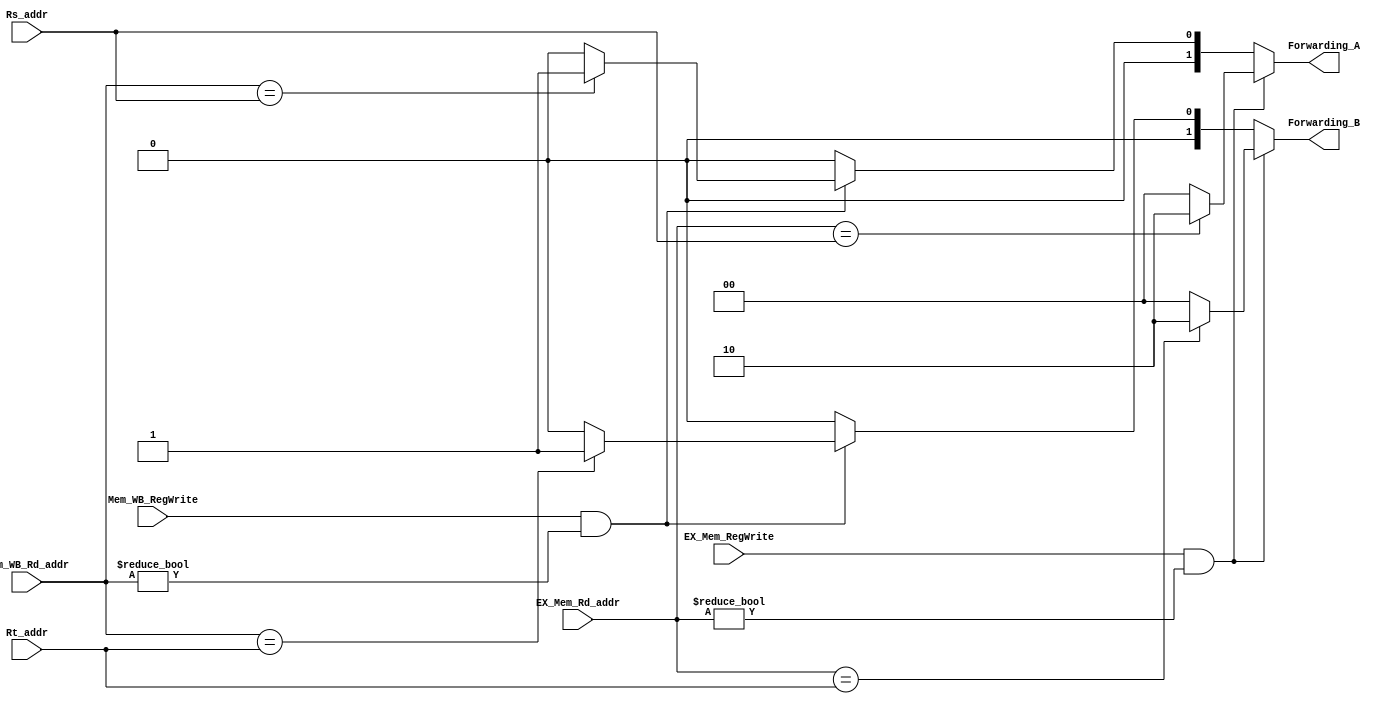
module Forwarding(
    // output
    output reg [1:0] Forwarding_A,
    output reg [1:0] Forwarding_B,
    // input
    input [4:0] Rs_addr,
    input [4:0] Rt_addr,
    input [4:0] EX_Mem_Rd_addr,
    input [4:0] Mem_WB_Rd_addr,
    input EX_Mem_RegWrite,
    input Mem_WB_RegWrite
);

    // Forwarding logic combined into a single always block
    always @(*) begin
        // Initialize forwarding control signals to no forwarding
        Forwarding_A = 2'b00;
        Forwarding_B = 2'b00;
        
        // Check EX hazard first
        if (EX_Mem_RegWrite && (EX_Mem_Rd_addr != 0)) begin
            // Forwarding A
            if (EX_Mem_Rd_addr == Rs_addr) begin
                Forwarding_A = 2'b10;
            end
            // Forwarding B
            if (EX_Mem_Rd_addr == Rt_addr) begin
                Forwarding_B = 2'b10;
            end
        end
        // Check MEM hazard
        else if (Mem_WB_RegWrite && (Mem_WB_Rd_addr != 0)) begin
            // Forwarding A
            if ((Forwarding_A == 2'b00) && (Mem_WB_Rd_addr == Rs_addr)) begin
                Forwarding_A = 2'b01;
            end
            // Forwarding B
            if ((Forwarding_B == 2'b00) && (Mem_WB_Rd_addr == Rt_addr)) begin
                Forwarding_B = 2'b01;
            end
        end
    end

endmodule